Vaccine operations Central Provinces 1868-1885 - 1868-1885
Year: 1868
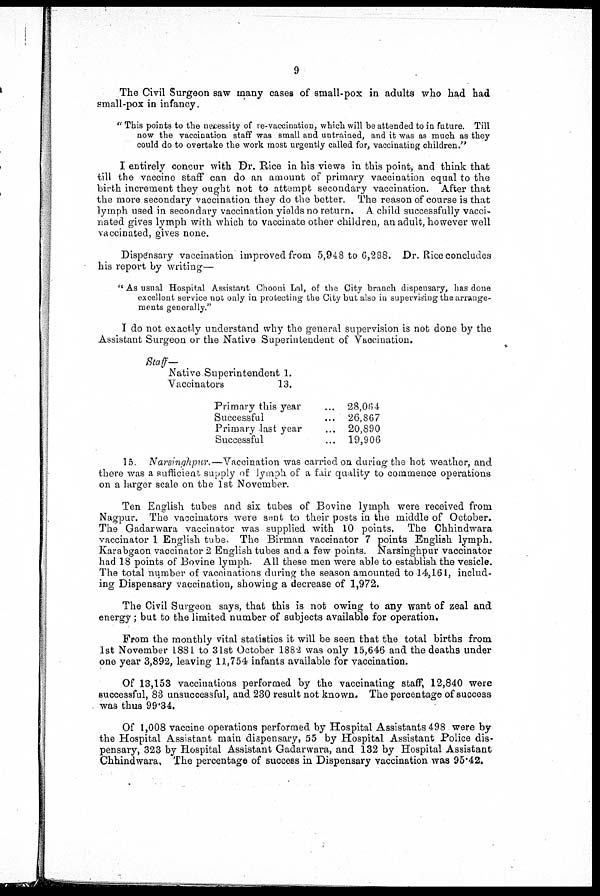
9
The Civil Surgeon saw many cases of small-pox in adults who had had
small-pox in infancy.
" This points to the necessity of re-vaccination, which will be attended to in future. Till
now the vaccination staff was small and untrained, and it was as much as they
could do to overtake the work most urgently called for, vaccinating children."
I entirely concur with Dr. Rice in his views in this point, and think that
till the vaccine staff can do an amount of primary vaccination equal to the
birth increment they ought not to attempt secondary vaccination. After that
the more secondary vaccination they do the better. The reason of course is that
lymph used in secondary vaccination yields no return. A child successfully vacci-
nated gives lymph with which to vaccinate other children, an adult, however well
vaccinated, gives none.
Dispensary vaccination improved from 5,948 to 6,288. Dr. Rice concludes
his report by writing—
" As usual Hospital Assistant Chooni Lal, of the City branch dispensary, has done
excellent service not only in protecting the City but also in supervising the arrange-
ments generally."
I do not exactly understand why the general supervision is not done by the
Assistant Surgeon or the Native Superintendent of Vaccination.
Staff—
Native Superintendent
Vaccinators
1.
13.
Primary this year ...
Successful ...
Primary last year ...
Successful ...
28,064
26,867
20,890
19,906
15. Narsinghpur.—Vaccination was carried on during the hot weather, and
there was a sufficient supply of lymph of a fair quality to commence operations
on a larger scale on the 1st November.
Ten English tubes and six tubes of Bovine lymph were received from
Nagpur. The vaccinators were sent to their posts in the middle of October.
The Gadarwara vaccinator was supplied with 10 points. The Chhindwara
vaccinator 1 English tube, The Birman vaccinator 7 points English lymph.
Karabgaon vaccinator 2 English tubes and a few points. Narsinghpur vaccinator
had 18 points of Bovine lymph. All these men were able to establish the vesicle.
The total number of vaccinations during the season amounted to 14,161, includ-
ing Dispensary vaccination, showing a decrease of 1,972.
The Civil Surgeon says, that this is not owing to any want of zeal and
energy; but to the limited number of subjects available for operation.
From the monthly vital statistics it will be seen that the total births from
1st November 1881 to 31st October 1882 was only 15,646 and the deaths under
one year 3,892, leaving 11,754 infants available for vaccination.
Of 13,153 vaccinations performed by the vaccinating staff, 12,840 were
successful, 83 unsuccessful, and 230 result not known. The percentage of success
was thus 99.34.
Of 1,008 vaccine operations performed by Hospital Assistants 498 were by
the Hospital Assistant main dispensary, 55 by Hospital Assistant Police dis-
pensary, 323 by Hospital Assistant Gadarwara, and 132 by Hospital Assistant
Chhindwara. The percentage of success in Dispensary vaccination was 95.42.